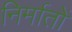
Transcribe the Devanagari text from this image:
निर्मातों